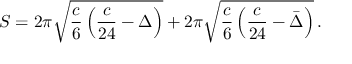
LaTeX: S = 2 \pi \sqrt { \frac c 6 \left( \frac { c } { 2 4 } - \Delta \right) } + 2 \pi \sqrt { \frac c 6 \left( \frac { c } { 2 4 } - \bar { \Delta } \right) } \, .